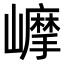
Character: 𡾉